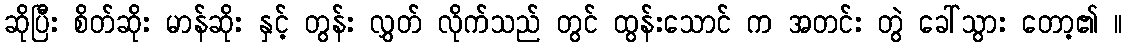
ဆိုပြီး စိတ်ဆိုး မာန်ဆိုး နှင့် တွန်း လွှတ် လိုက်သည် တွင် ထွန်းသောင် က အတင်း တွဲ ခေါ်သွား တော့၏ ။